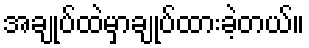
အချုပ်ထဲမှာချုပ်ထားခဲ့တယ်။